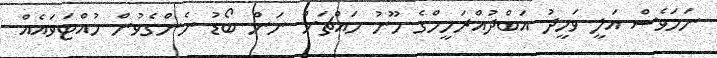
ނަމަވެސް އަލީ ވަހީދު އަބްދުއްރަހީމްގެ މޫނު މައްޗަށް ނަން ބޯޑު ނެންގެވުން ހުއްޓަވައެއް